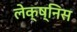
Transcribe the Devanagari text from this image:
लेक्ष्निस